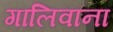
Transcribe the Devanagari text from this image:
गालिवाना